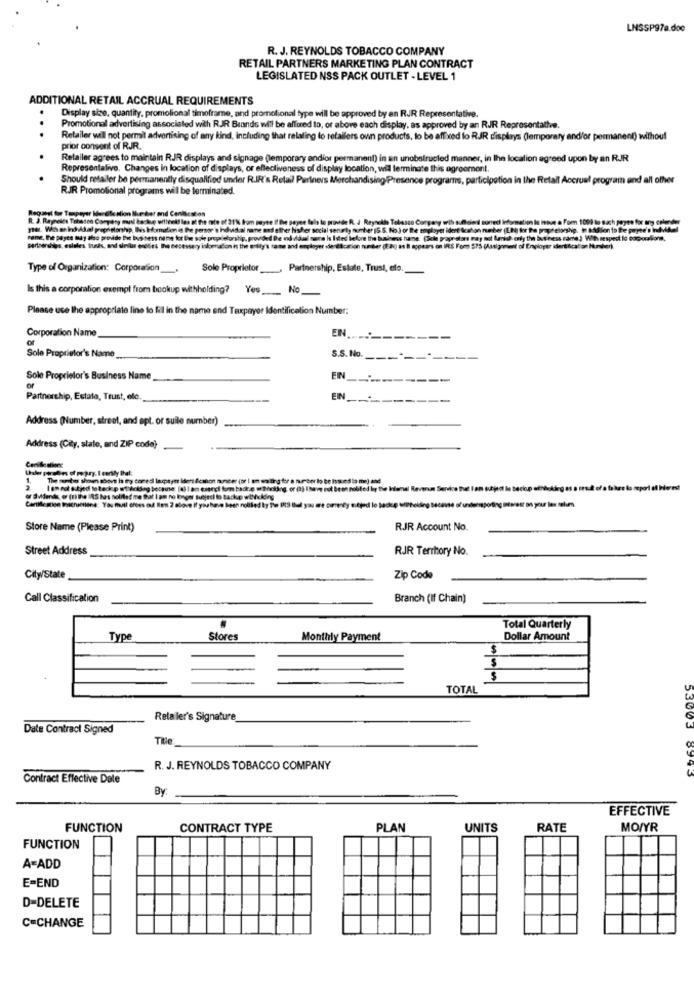
LNSSP97a.doc
R. J. REYNOLDS TOBACCO COMPANY
RETAIL PARTNERS MARKETING PLAN CONTRACT
LEGISLATED NSS PACK OUTLET - LEVEL 1
ADDITIONAL RETAIL ACCRUAL REQUIREMENTS
..
Display size, quantity, promolional timoframe, and promotional type will be approved by an RJJR Representative.
Promotional advertising associated with RJR Brands will be alfired to, or above each display, as approved by an RJR Representathe.
Retailer will not permit advertising of any kind, Including that relating to retailers oun products, to be affixed fo RJR displays (Temporary and/or permanent) without
prior consent of RJR.
Retailer agrees to maintain RJR displays and signage (temporary andior permanent) in an unobstructed manner, in the localion agreed upon by an RJR
Representalivo, Changes in location of displays, or effectiveness of display location, wid terminate this ogroomont.
Should retailer be permanently disqualified under R.IR's Retail Partners Merchandising Presence programs, participation in the Retail Accrual program and all other
RJR Promotional programs wil be terminated.
Regarel for Taxpayer Merete elion Ihue ber and Caniscation
mation Is intue a Fom 1099 lo sach pages for any colonne
Die business name for Bee sole proprietorsh
ed De nd ddal mare is Isted before th
hely the business rame ] With respect to soporalone.
at of Enployer identificalon Hunsher).
Type of Organization: Corporation_
Sole Proprietor _, Partnership, Estate, Trust, ele.
Is this a corporation exempt from backup withholding? Yes No
Please use the appropriate line to fill in the name end Taxpayer Identification Number:
EIN
Corporation Name
of
Sole Proprietor's Name
S.S. No.
Sole Proprietor's Business Name
EIN
of
Partnership, Estata, Trust, elc.
EIN_
Address (Number, street, and apt. or sulle number)
Address (City, state, and ZIP code)
The member shown above is try toredi lacpayer Isert dcanon number (or | am waiting for a number to be Issued la mej and
I am not outjedi to teck p wt'ècidag because: [4) | am eserci bom back.@ orthoking, or (3) I have not Been nobited by the Ilsmel Reverun Service that Iam subject lo beckup able
or Svidende, or (ti the IRS hus nolilet me Dal I am no longer Subject to Backe wticking
Cyndijed
Store Name (Please Print)
RJR Account No.
Street Address
RJR Terrory No.
City/State
Zip Code
Call Classification
Branch (If Chain)
Total Quarterly
Type
Stores
Monthly Payment
Dollar Amount
TOTAL
09/02/00
Retailer's Signature
Date Contract Signed
The
R. J. REYNOLDS TOBACCO COMPANY
Contract Effective Date
53003 8993
By:
EFFECTIVE
FUNCTION
CONTRACT TYPE
PLAN
UNITS
RATE
MO/YR
FUNCTION
A=ADD
E=END
D-DELETE
C=CHANGE